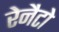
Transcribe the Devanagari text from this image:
रेनैटो